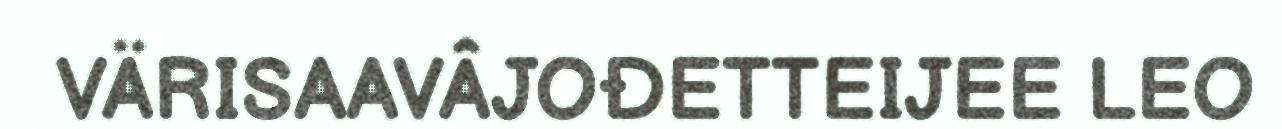
VÄRISAAVÂJOĐETTEIJEE LEO